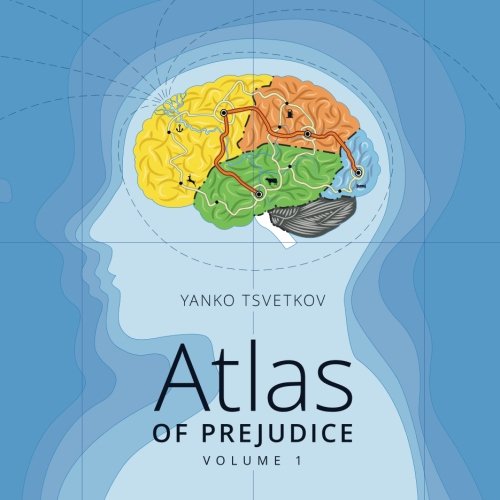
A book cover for Atlas of Prejudice: Mapping Stereotypes, Vol. 1; Yanko Tsvetkov; Humor & Entertainment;